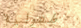
طفولية